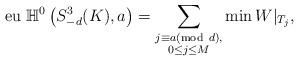
LaTeX: \begin{align*} {\rm eu\ } \mathbb{H}^0\left(S^3_{-d}(K),a\right) = \sum_{\substack{j \equiv a ({\rm mod\ } d),\\ 0\leq j\leq M }} \min W\lvert_{T_j}, \end{align*}